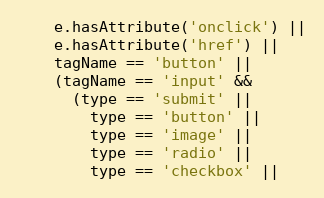
Language: JavaScript
    e.hasAttribute('onclick') ||
    e.hasAttribute('href') ||
    tagName == 'button' ||
    (tagName == 'input' &&
      (type == 'submit' ||
        type == 'button' ||
        type == 'image' ||
        type == 'radio' ||
        type == 'checkbox' ||